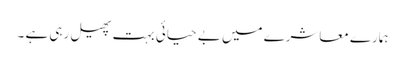
ہمارے معاشرے میں بے حیائی بہت پھیل رہی ہے ۔